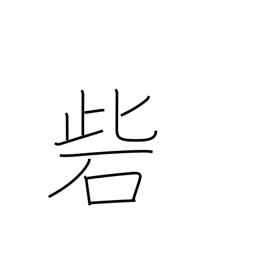
Meaning: stronghold